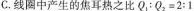
C.线圈中产生的焦耳热之比$$Q_{1}：Q_{2}=2:1$$